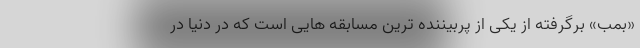
«بمب» برگرفته از یکی از پربیننده ترین مسابقه هایی است که در دنیا در